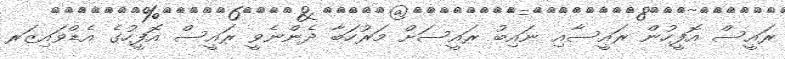
ރައީސް އޮފީހުން ރައީސާއި ނައިބު ރައީސަށް މަރުހަބާ ދެންނެވީ ރައީސް އޮފީހުގެ އެޑްވައިޒަރ